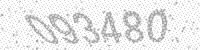
Solution: 093480